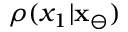
\rho ( x _ { 1 } | \mathbf { x } _ { \ominus } )